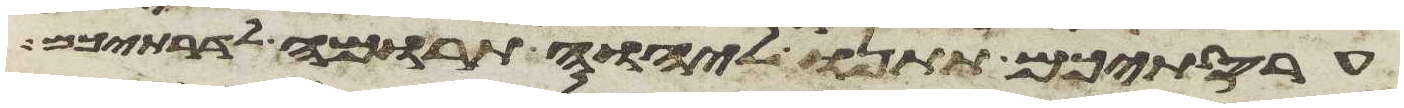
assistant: עריסתיכם תתנו ליהוה תרומה לדרתיכם